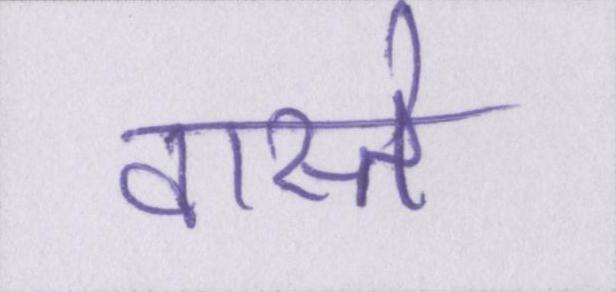
वास्ते